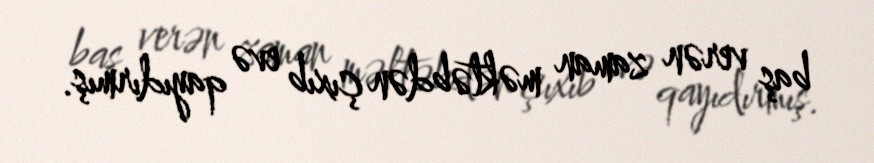
baş verən zaman məktəbdən çıxıb evə qayıdırmış.